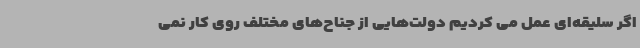
اگر سلیقه‌ای عمل می کردیم دولت‌هایی از جناح‌های مختلف روی کار نمی